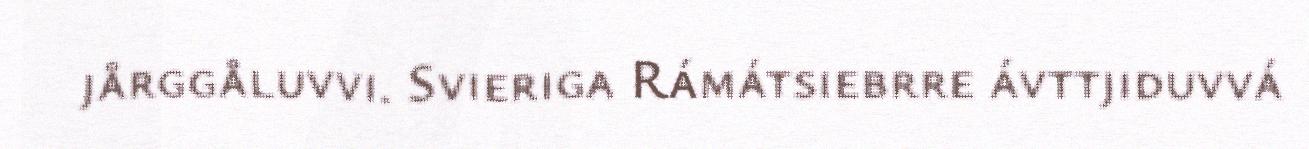
jårggåluvvi. Svieriga Rámátsiebrre ávttjiduvvá